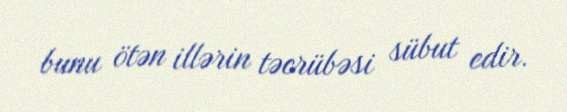
bunu ötən illərin təcrübəsi sübut edir.